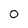
Character: 0